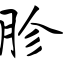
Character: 胗